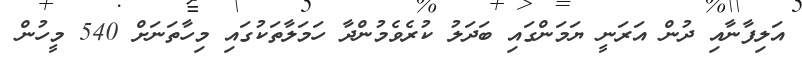
އަލިފާނާއި ދުން އަރަނީ ޔަމަންގައި ބަދަލު ކުރެވެމުންދާ ހަމަލާތަކުގައި މިހާތަނަށް 540 މީހުން